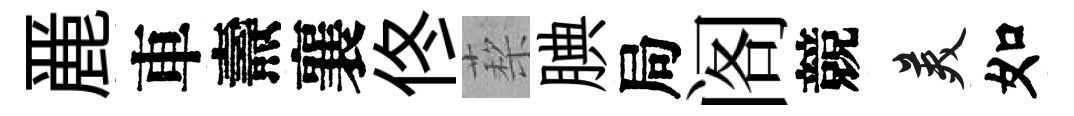
䴡車燾襄佟蔾腆局阁競美如